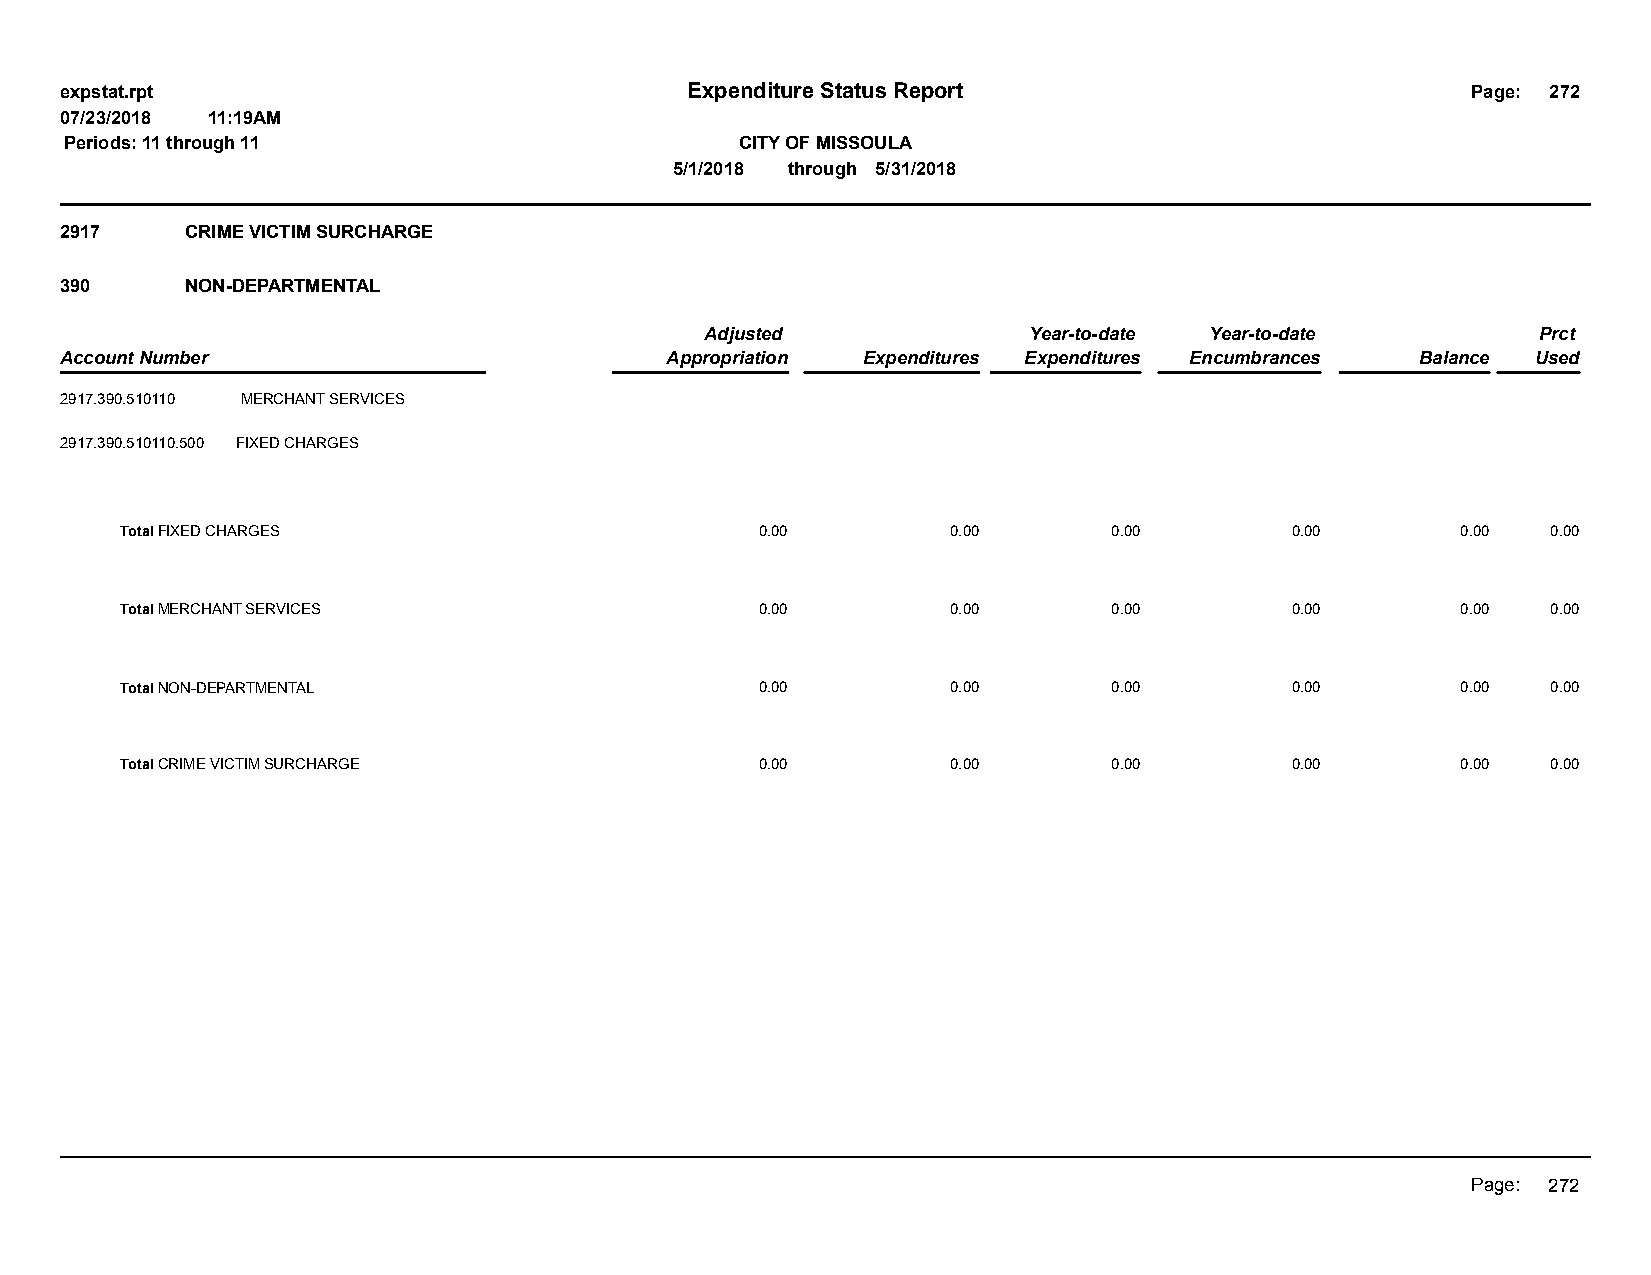
expstat.rpt                              Expenditure Status Report                           Page: 272
 07/23/2018 11:19AM
 Periods: 11 through 11                       CITY OF MISSOULA
 5/1/2018 through 5/31/2018
 2917    CRIME VICTIM SURCHARGE
 390     NON-DEPARTMENTAL
 Adjusted             Year-to-date Year-to-date         Prct
 Account Number                          Appropriation Expenditures Expenditures Encumbrances Balance Used
 2917.390.510110 MERCHANT SERVICES
 2917.390.510110.500 FIXED CHARGES
 Total FIXED CHARGES                       0.00         0.00       0.00       0.00        0.00  0.00
 Total MERCHANT SERVICES                   0.00         0.00       0.00       0.00        0.00  0.00
 Total NON-DEPARTMENTAL                    0.00         0.00       0.00       0.00        0.00  0.00
 Total CRIME VICTIM SURCHARGE              0.00         0.00       0.00       0.00        0.00  0.00
 Page: 272